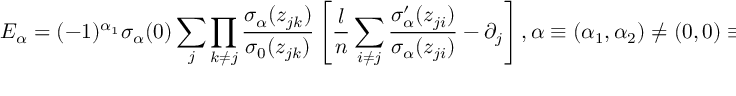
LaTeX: E _ { \alpha } = ( - 1 ) ^ { \alpha _ { 1 } } \sigma _ { \alpha } ( 0 ) \sum _ { j } \prod _ { k \neq j } \frac { \sigma _ { \alpha } ( z _ { j k } ) } { \sigma _ { 0 } ( z _ { j k } ) } \left[ \frac { l } { n } \sum _ { i \neq j } \frac { \sigma _ { \alpha } ^ { \prime } ( z _ { j i } ) } { \sigma _ { \alpha } ( z _ { j i } ) } - \partial _ { j } \right] , \alpha \equiv ( \alpha _ { 1 } , \alpha _ { 2 } ) \neq ( 0 , 0 ) \equiv ( n , n ) ,